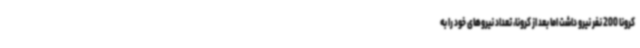
کرونا 200 نفر نیرو داشت اما بعد از کرونا، تعداد نیروهای خود را به